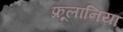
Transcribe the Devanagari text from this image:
फ्रूलानिया